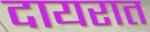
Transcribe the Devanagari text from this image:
दायरात